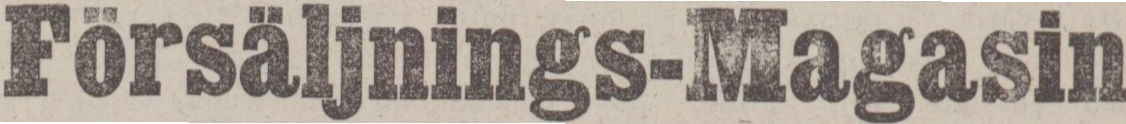
Försäljnings-Magasin